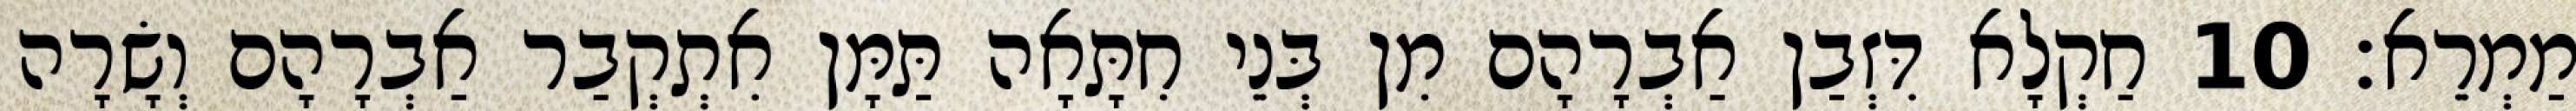
מַמְרֵא׃ 10 חַקְלָא דִּזְבַן אַבְרָהָם מִן בְּנֵי חִתָּאָה תַּמָּן אִתְקְבַר אַבְרָהָם וְשָׂרָה